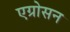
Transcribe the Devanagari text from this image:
एग्रोसन